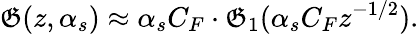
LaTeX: \mathfrak{G}(z,\alpha_{s})\approx\alpha_{s}C_{F}\cdot\mathfrak{G}_{1}(\alpha_{s}C_{F}z^{-1/2}).